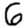
Digit: 6